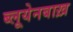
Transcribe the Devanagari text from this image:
ब्लूयेनबाख़